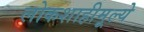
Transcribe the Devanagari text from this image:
लोकशाहीमूल्ये